Civil Veterinary Dept. Bombay admin report 1900-1906 - 1900-1906
Year: 1900
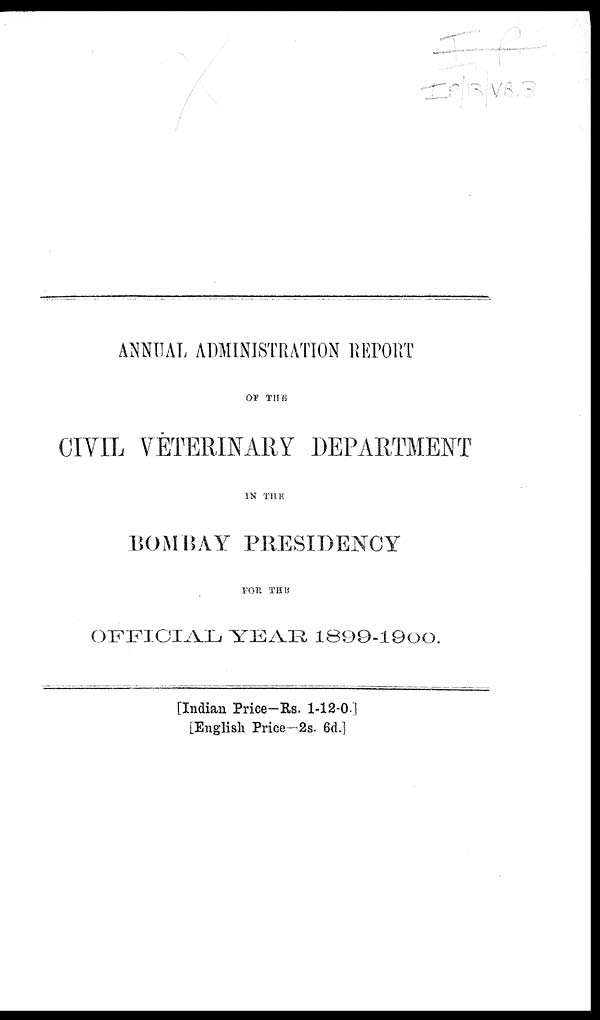
ANNUAL ADMINISTRATION REPORT
OF THE
CIVIL VETERINARY DEPARTMENT
IN THE
BOMBAY PRESIDENCY
FOR THE
OFFICIAL YEAR 1899-1900.
[Indian Price-Rs. 1-12-0.]
[English Price-2s. 6d.]